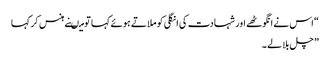
“ اس نے انگوٹھے اور شہادت کی انگلی کو ملاتے ہوئے کہا تو میںنے ہنس کر کہا
” چل بلا لے ۔